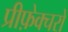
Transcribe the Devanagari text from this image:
प्रीफ़ेक्चरों